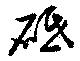
砥